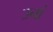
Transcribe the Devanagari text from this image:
उनां